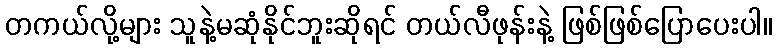
တကယ်လို့များ သူနဲ့မဆုံနိုင်ဘူးဆိုရင် တယ်လီဖုန်းနဲ့ ဖြစ်ဖြစ်ပြောပေးပါ။